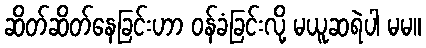
ဆိတ်ဆိတ်နေခြင်းဟာ ဝန်ခံခြင်းလို့ မယူဆရဲပါ မမ။